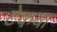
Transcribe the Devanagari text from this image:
टेकचा